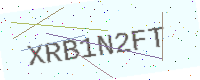
Text: XRB1N2FT